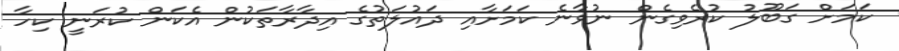
ކަމަށް ގަބޫލު ކުރެވިގެން ނުވާނެ ކަމަށާއި ދައުލަތުގެ އިދާރާތަކުން އެކަން ކުރަނީ ކިހާ